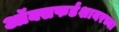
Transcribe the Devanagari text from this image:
ऑक्सफर्डशायरच्या